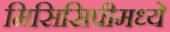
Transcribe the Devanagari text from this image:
मिसिसिपीमध्ये